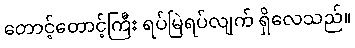
တောင့်တောင့်ကြီး ရပ်မြဲရပ်လျက် ရှိလေသည်။